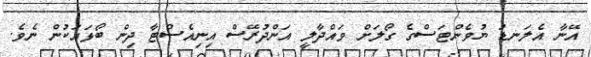
އޭނާ އެލަނޑު ޔުވެންޓަސްގެ ގޯލަށް ވައްދާލީ އަންދުރޭސް އިނިއެސްޓާ ދިން ބޯޅައަކުން ނެވެ.